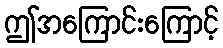
ဤအကြောင်းကြောင့်